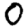
Digit: 0